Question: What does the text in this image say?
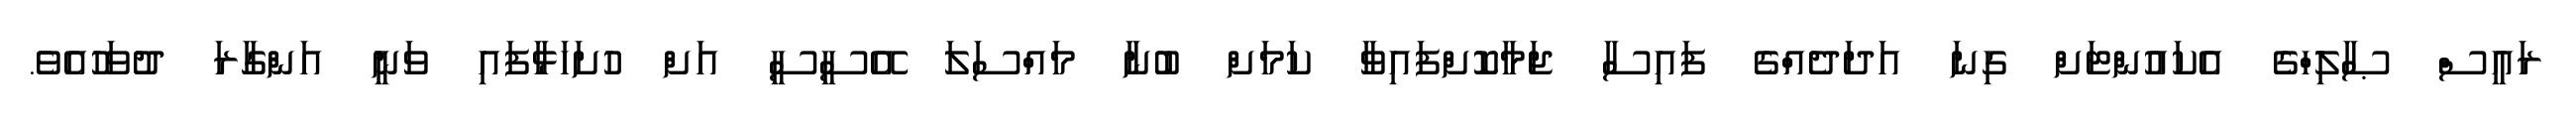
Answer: ރައީސް ޞާލިހްގެ އެކައުންޓަށް ގިނަ އަދަދެއްގެ ފައިސާ ޖަމާކޮށްފައިވާ ކަމަށް ބުނާ މައްސަލަ އޭސީސީ އަށް ހުށަހަޅާފައި ވަނީ އަންގާރަ ދުވަހުއެވެ.